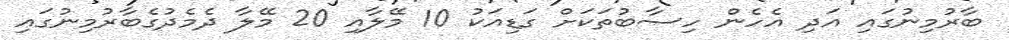
ބާރުމިނުގައި އަދި އެހެން ހިސާބުތަކަށް ގަޑިއަކު 10 މޭލާއި 20 މޭލާ ދެމެދުގެބާރުމިނުގައި